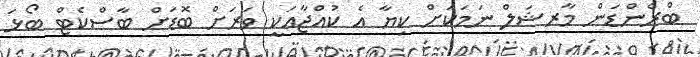
ބްރެންޑަން މާރޝަލް ނަމަކަށް ކިޔާ އެ ކުއްޖާއަކީ ވަރަށް ބޮޑަށް ބާސްކެޓް ބޯޅަ